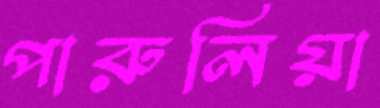
পারুলিয়া